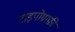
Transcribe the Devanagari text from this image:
टाइपोग्राफ़ी